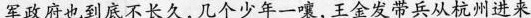
军政府也到底不长久，几个少年一嚷，王金发带兵从杭州进来